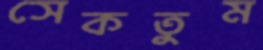
সেকতুম